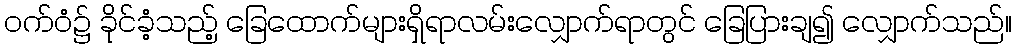
ဝက်ဝံ၌ ခိုင်ခံ့သည့် ခြေထောက်များရှိရာလမ်းလျှောက်ရာတွင် ခြေပြားချ၍ လျှောက်သည်။